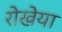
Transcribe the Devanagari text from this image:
रोखेया